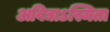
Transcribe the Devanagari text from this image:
अविद्याऽस्मिता